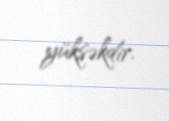
yüksəkdir.